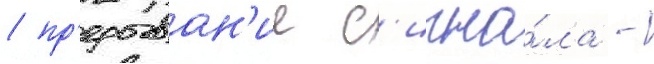
/ пр'ерыван'ие с'игна́ла -